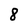
Character: 8